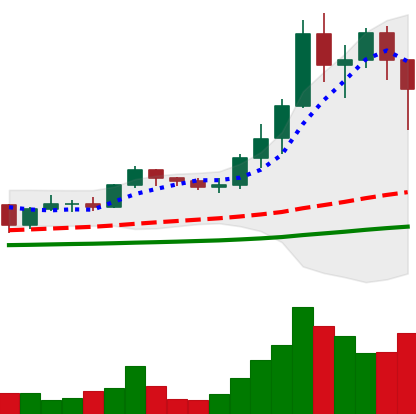
Ticker: ADA-USD
Chart end date: 2021-01-11
Forward return: 27.945%
Label: up_7plus